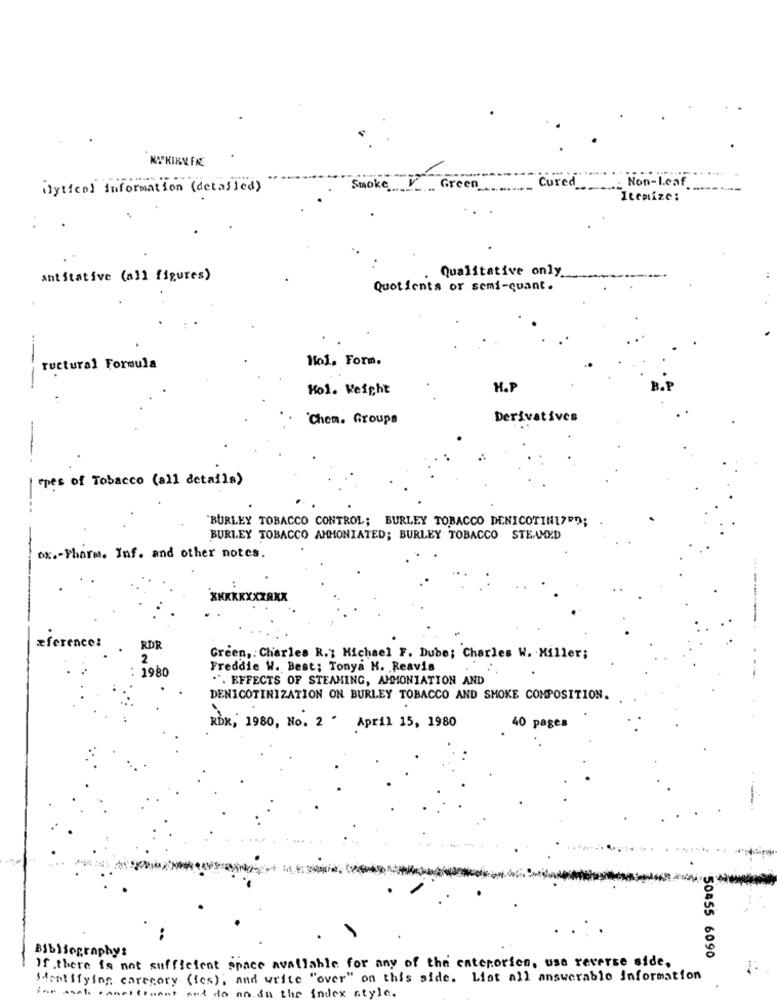
Cured
Non-leaf
ilytical information ( detailed)
Smoke.
Green
Itemize:
Qualitative only
antitative (all figures)
Quotients or semi-quant .
Hol, Form.
tructural Formula
---
Kol. Weight
H.P
`Chem. Groups
Derivatives
epes of Tobacco (all details)
BURLEY TOBACCO CONTROL; BURLEY TOBACCO DENICOTINE?PO;
BURLEY TOBACCO AMMONIATED; BURLEY TOBACCO STEAMED
ox .- Pharm. Inf. and other notes.
XXXXXXXZAXX
æference:
RDR
2
Green, Charles R .; Michael F. Dube; Charles W. Miller;
1980
Freddie W. Best; Tonya H. Reavis
**. EFFECTS OF STEAMING, AMMONIATION AND
DENICOTINIZATION ON BURLEY TOBACCO AND SMOKE COMPOSITION.
ROK, 1980, No. 2 . April 15, 1980
40 pages
Bibliography:
50455 6090
If there is not sufficient space available for any of the enterorien, use reverse side.
Mentifying carecory (fes), and write "over" on this side. List all answerable information
in the index style.